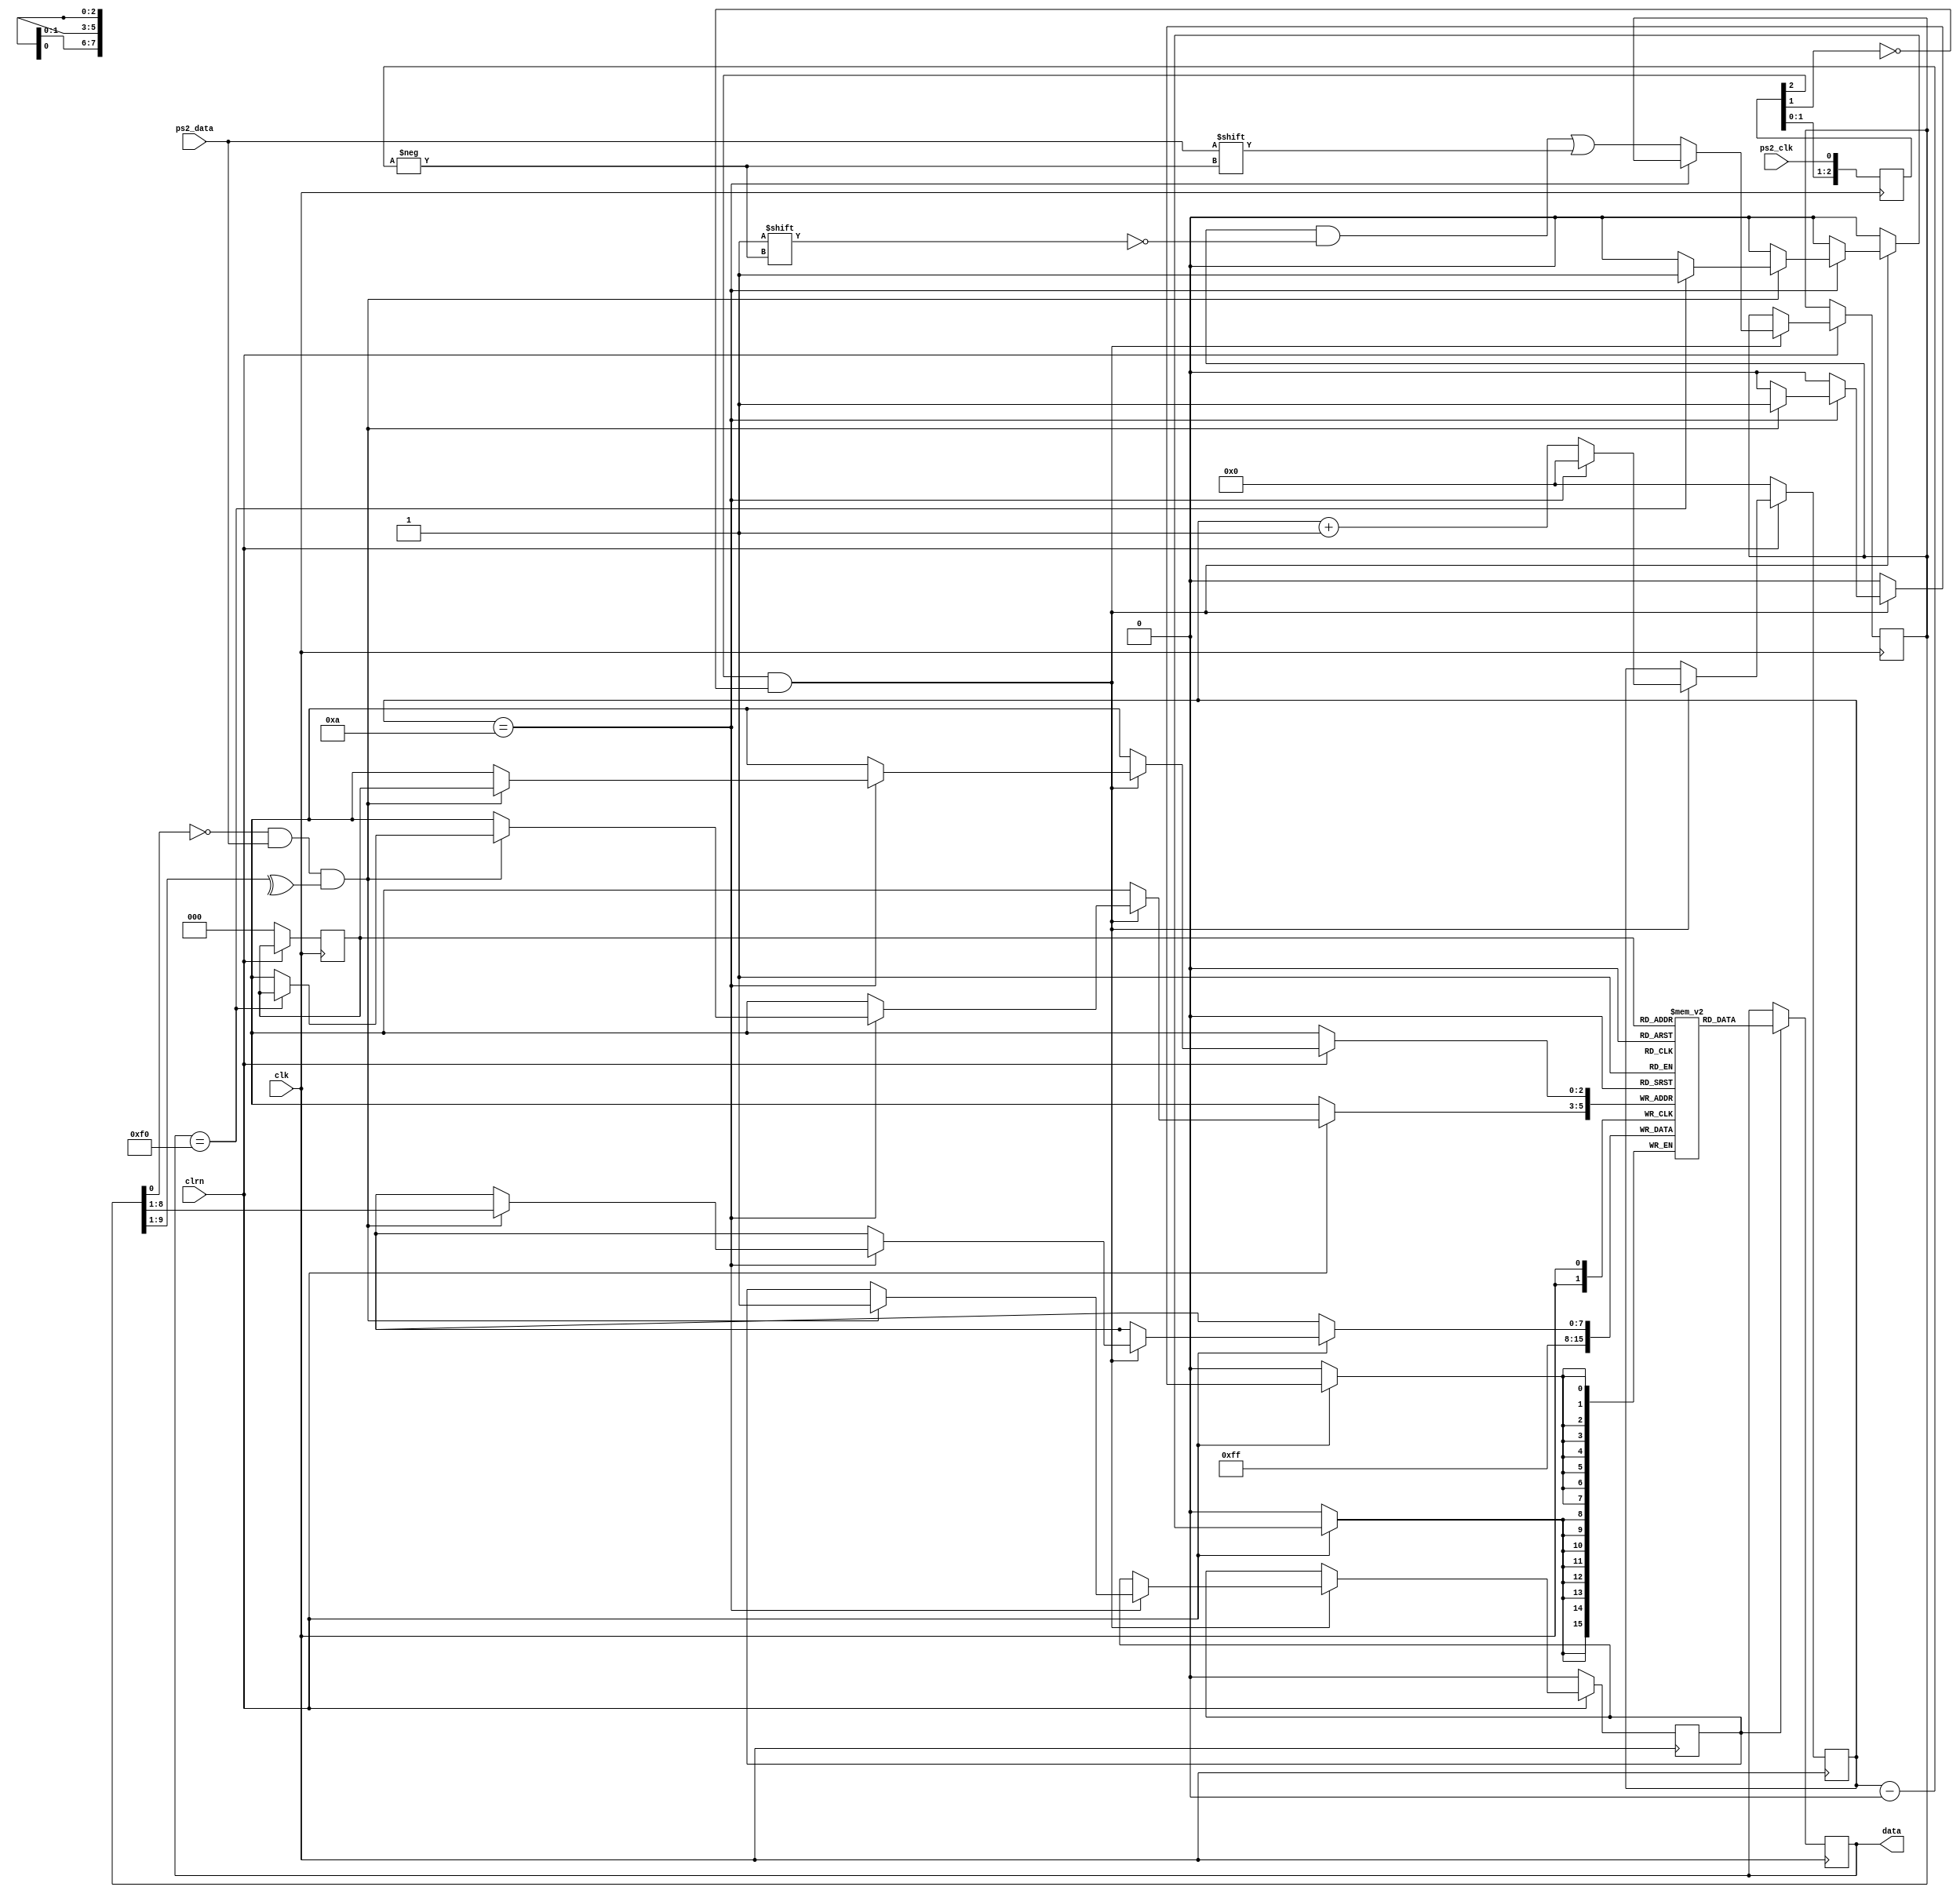
module ps2_keyboard(clk,clrn,ps2_clk,ps2_data,data);
	input clk,clrn,ps2_clk,ps2_data;
	output reg[7:0] data;
	//output 
	reg[11:0]count0=0;
 // internal signal, for test
   reg[9:0] buffer; // ps2_data bits
	reg [7:0] fifo[7:0]; // data fifo
	reg [2:0] w_ptr,r_ptr; // fifo write and read pointers
	reg [3:0] count; // count ps2_data bits
// detect falling edge of ps2_clk
	reg [2:0] ps2_clk_sync;
	reg ready;
	reg overflow;
	initial data = 8'hff;
 always @(posedge clk) 
	begin
		ps2_clk_sync <= {ps2_clk_sync[1:0],ps2_clk};
	end

	wire sampling = ps2_clk_sync[2] & ~ps2_clk_sync[1];

 always @(posedge clk) 
 begin
	if (clrn == 0)
		begin // reset
			count <= 0; w_ptr <= 0; r_ptr <= 0;
			overflow <= 0; ready<= 0;
			 count0<=0;
		end 
	else if (sampling)
		begin
		if (count == 4'd10) begin
			if ((buffer[0] == 0) && // start bit
				(ps2_data) && // stop bit
				(^buffer[9:1])) 
				begin // odd parity
		fifo[w_ptr] <= buffer[8:1]; // kbd scan code	
		if(data == 8'hf0)
		fifo[w_ptr] <= 8'hff;
		//w_ptr <= w_ptr+3'b1;
		if(fifo[w_ptr]!=8'hf0 && fifo[w_ptr]!=8'hff&&data!=fifo[w_ptr])
			begin
				count0 <= count0 +1;
			end
		ready <= 1'b1;
		overflow <= overflow | (r_ptr == (w_ptr + 3'b1));
		end
		count <= 0; // for next
		end else begin
		buffer[count] <= ps2_data; // store ps2_data
		count <= count + 3'b1;
		end
	end
  if (ready) 
  /*
	begin 
	if(fifo[w_ptr]!=8'hf0 && fifo[w_ptr]!=8'hff && data != fifo[w_ptr])
			begin
				count0 <= count0 +1;
				if(count0 == 9)
				begin 
					count0 <=0;
					count1 <= count1 +1;
				if(count1 == 9)
				begin
					count1 <= 0;
				end
		end
	end					// read to output next data
	*/
			data = fifo[w_ptr];
	end		
  endmodule